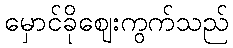
မှောင်ခိုဈေးကွက်သည်